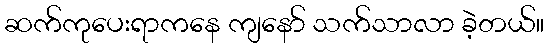
ဆက်ကုပေးရာကနေ ကျနော် သက်သာလာ ခဲ့တယ်။